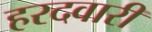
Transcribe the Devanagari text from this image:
हरदवारी